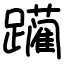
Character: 躏